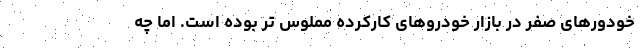
خودورهای صفر در بازار خودروهای کارکرده مملوس تر بوده است. اما چه